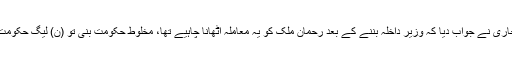
جس پر نعیم بخاری نے جواب دیا کہ وزیر داخلہ بننے کے بعد رحمان ملک کو یہ معاملہ اٹھانا چاہیے تھا، مخلوط حکومت بنی تو (ن) لیگ حکومت کا حصہ تھی۔